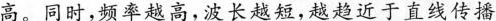
高。同时，频率越高，波长越短，越趋近于直线传播